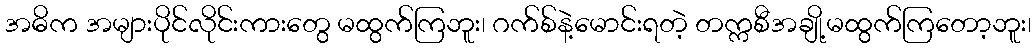
အဓိက အများပိုင်လိုင်းကားတွေ မထွက်ကြဘူး၊ ဂက်စ်နဲ့မောင်းရတဲ့ တက္ကစီအချို့မထွက်ကြတော့ဘူး၊